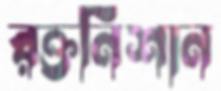
রক্তনিশান